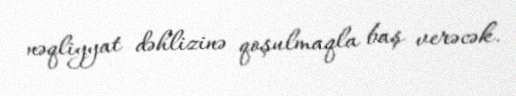
nəqliyyat dəhlizinə qoşulmaqla baş verəcək.